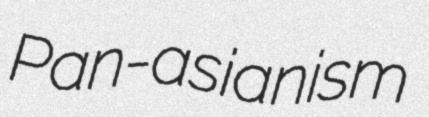
Pan-asianism